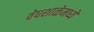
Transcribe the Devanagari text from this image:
वेधशाळेमध्ये